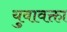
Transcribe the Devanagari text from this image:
युवावक्ता